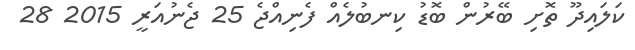
ކަލައިދޫ ތޮށި ބޭރުން ބޮޑު ކިނބުލެއް ފެނިއްޖެ 25 ޖެނުއަރީ 2015 28